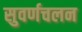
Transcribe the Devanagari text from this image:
सुवर्णचलन